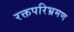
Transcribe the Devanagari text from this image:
रक्तपरिभ्रमण